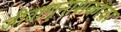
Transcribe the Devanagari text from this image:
जीवाणूनाशकांचा